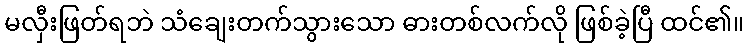
မလှီးဖြတ်ရဘဲ သံချေးတက်သွားသော ဓားတစ်လက်လို ဖြစ်ခဲ့ပြီ ထင်၏။